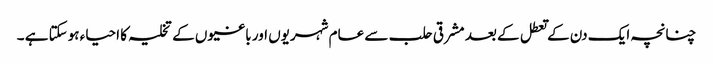
چنانچہ ایک دن کے تعطل کے بعد مشرقی حلب سے عام شہریوں اور باغیوں کے تخلیہ کا احیاء ہوسکتا ہے ۔